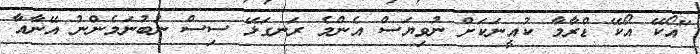
"އޯކޭ އޯކޭ ޑްރާމާ ކުއީނަކަށް ނުވިޔަސް އެންމެ ރަނގަޅޭ ސިސް ނުބުނަމެންނު އޭނާއާ